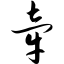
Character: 牵